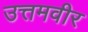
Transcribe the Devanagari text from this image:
उत्तमवीर